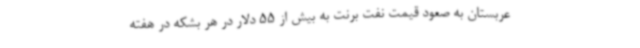
عربستان به صعود قیمت نفت برنت به بیش از 55 دلار در هر بشکه در هفته